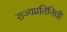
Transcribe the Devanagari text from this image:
राज्यप्रतिनिधी